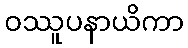
ဝဿူပနာယိကာ